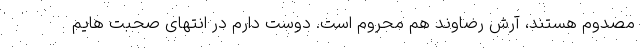
مصدوم هستند، آرش رضاوند هم محروم است. دوست دارم در انتهای صحبت هایم